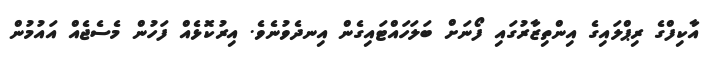
އާކިފްގެ ރިޕްލައިގެ އިންތިޒާރުގައި ފޯނަށް ބަލަހައްޓައިގެން އިނދެވުނެވެ. އިރުކޮޅެއް ފަހުން މެސެޖެއް އައުމުން